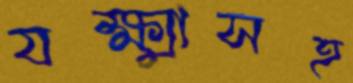
যক্ষ্মাসহ